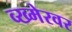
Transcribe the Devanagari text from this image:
व्ख्मेरवर